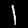
Digit: 1